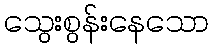
သွေးစွန်းနေသော